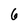
Character: 6